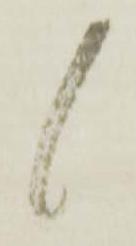
候